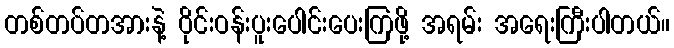
တစ်တပ်တအားနဲ့ ဝိုင်းဝန်းပူးပေါင်းပေးကြဖို့ အရမ်း အရေးကြီးပါတယ်။